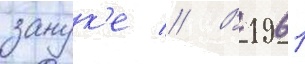
занук'е // В 1961